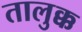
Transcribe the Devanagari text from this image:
तालुक्क